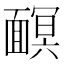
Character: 𩈹